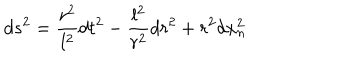
d s ^ { 2 } = \frac { r ^ { 2 } } { l ^ { 2 } } d t ^ { 2 } - \frac { l ^ { 2 } } { r ^ { 2 } } d r ^ { 2 } + r ^ { 2 } d x _ { n } ^ { 2 }